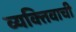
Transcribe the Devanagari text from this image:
व्यक्‍तिवाची